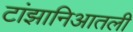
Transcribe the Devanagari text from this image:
टांझानिआतली